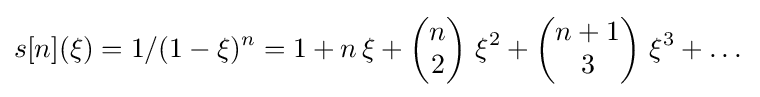
s[n](\xi )=1/(1-\xi )^{n}=1+n\,\xi +\left({\begin{matrix}n\\2\end{matrix}}\right)\,\xi ^{2}+\left({\begin{matrix}n+1\\3\end{matrix}}\right)\,\xi ^{3}+\dots